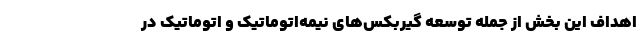
اهداف این بخش از جمله توسعه گیربکس‌های نیمه‌اتوماتیک و اتوماتیک در